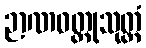
ဉာဏဝတ္ထုသုတ္တံ